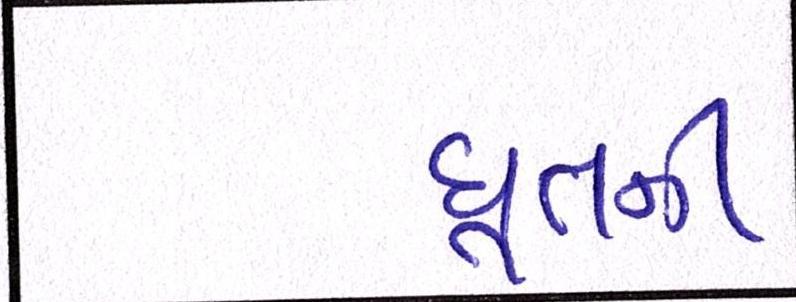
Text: દૂતની